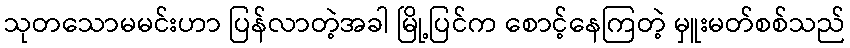
သုတသောမမင်းဟာ ပြန်လာတဲ့အခါ မြို့ပြင်က စောင့်နေကြတဲ့ မှူးမတ်စစ်သည်